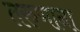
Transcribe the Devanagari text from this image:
तरुणाना